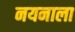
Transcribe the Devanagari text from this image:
नयनाला